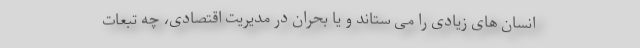
انسان های زیادی‌ را می ستاند و یا بحران در مدیریت اقتصادی، چه تبعات